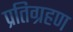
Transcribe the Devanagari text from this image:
प्रतिग्रहण